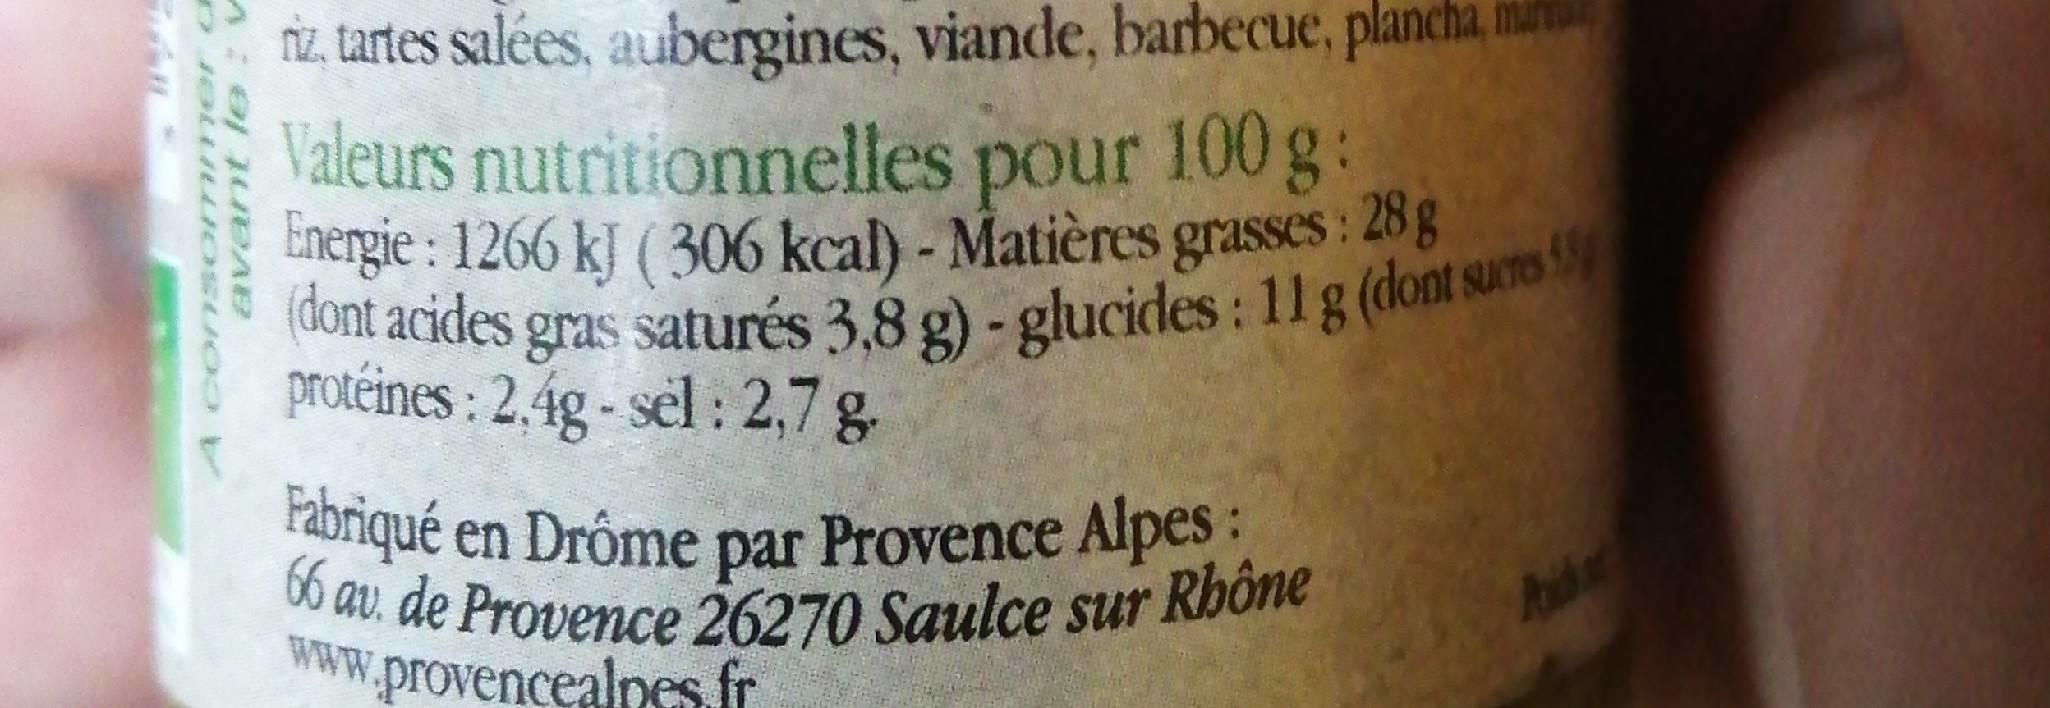
z, tartes salées, aubergines, viande, barbecue, plancha, n
Valeurs nutritionnelles pour 100 g: Energie : 1266 kJ ( 306 kcal) - Matières grasses: 28 g (0ont acides gras saturés 3,8 g) - glucides : 11g (dont so protéines : 2,4g - sel : 2,7 g-
Pabriqué en Drôme par Provence Alpes: 66 av. de Provence 26270 Saulce sur Rhône Www.provencealnes fr